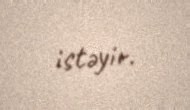
istəyir.